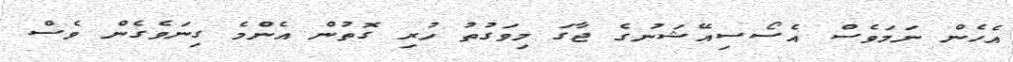
އެހެން ނަމަވެސް އެސޯސިއޭޝަނުގެ ޖާގަ މިވަގުތު ހުރި ގޮތުން އެންމެ ގިނަވެގެން ވެސް